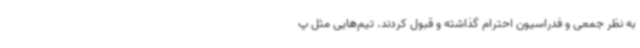
به نظر جمعی و فدراسیون احترام گذاشته و قبول کردند. تیم‌هایی مثل پ